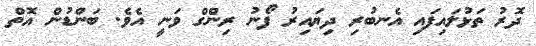
ދޮރު ތަޅުލައިފައި އެނބުރި ދިޔައިރު ފޯނު ރިންގް ވަނީ އެވެ. ބަންޑުން އޮތް